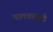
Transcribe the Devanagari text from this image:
पालकरांशी